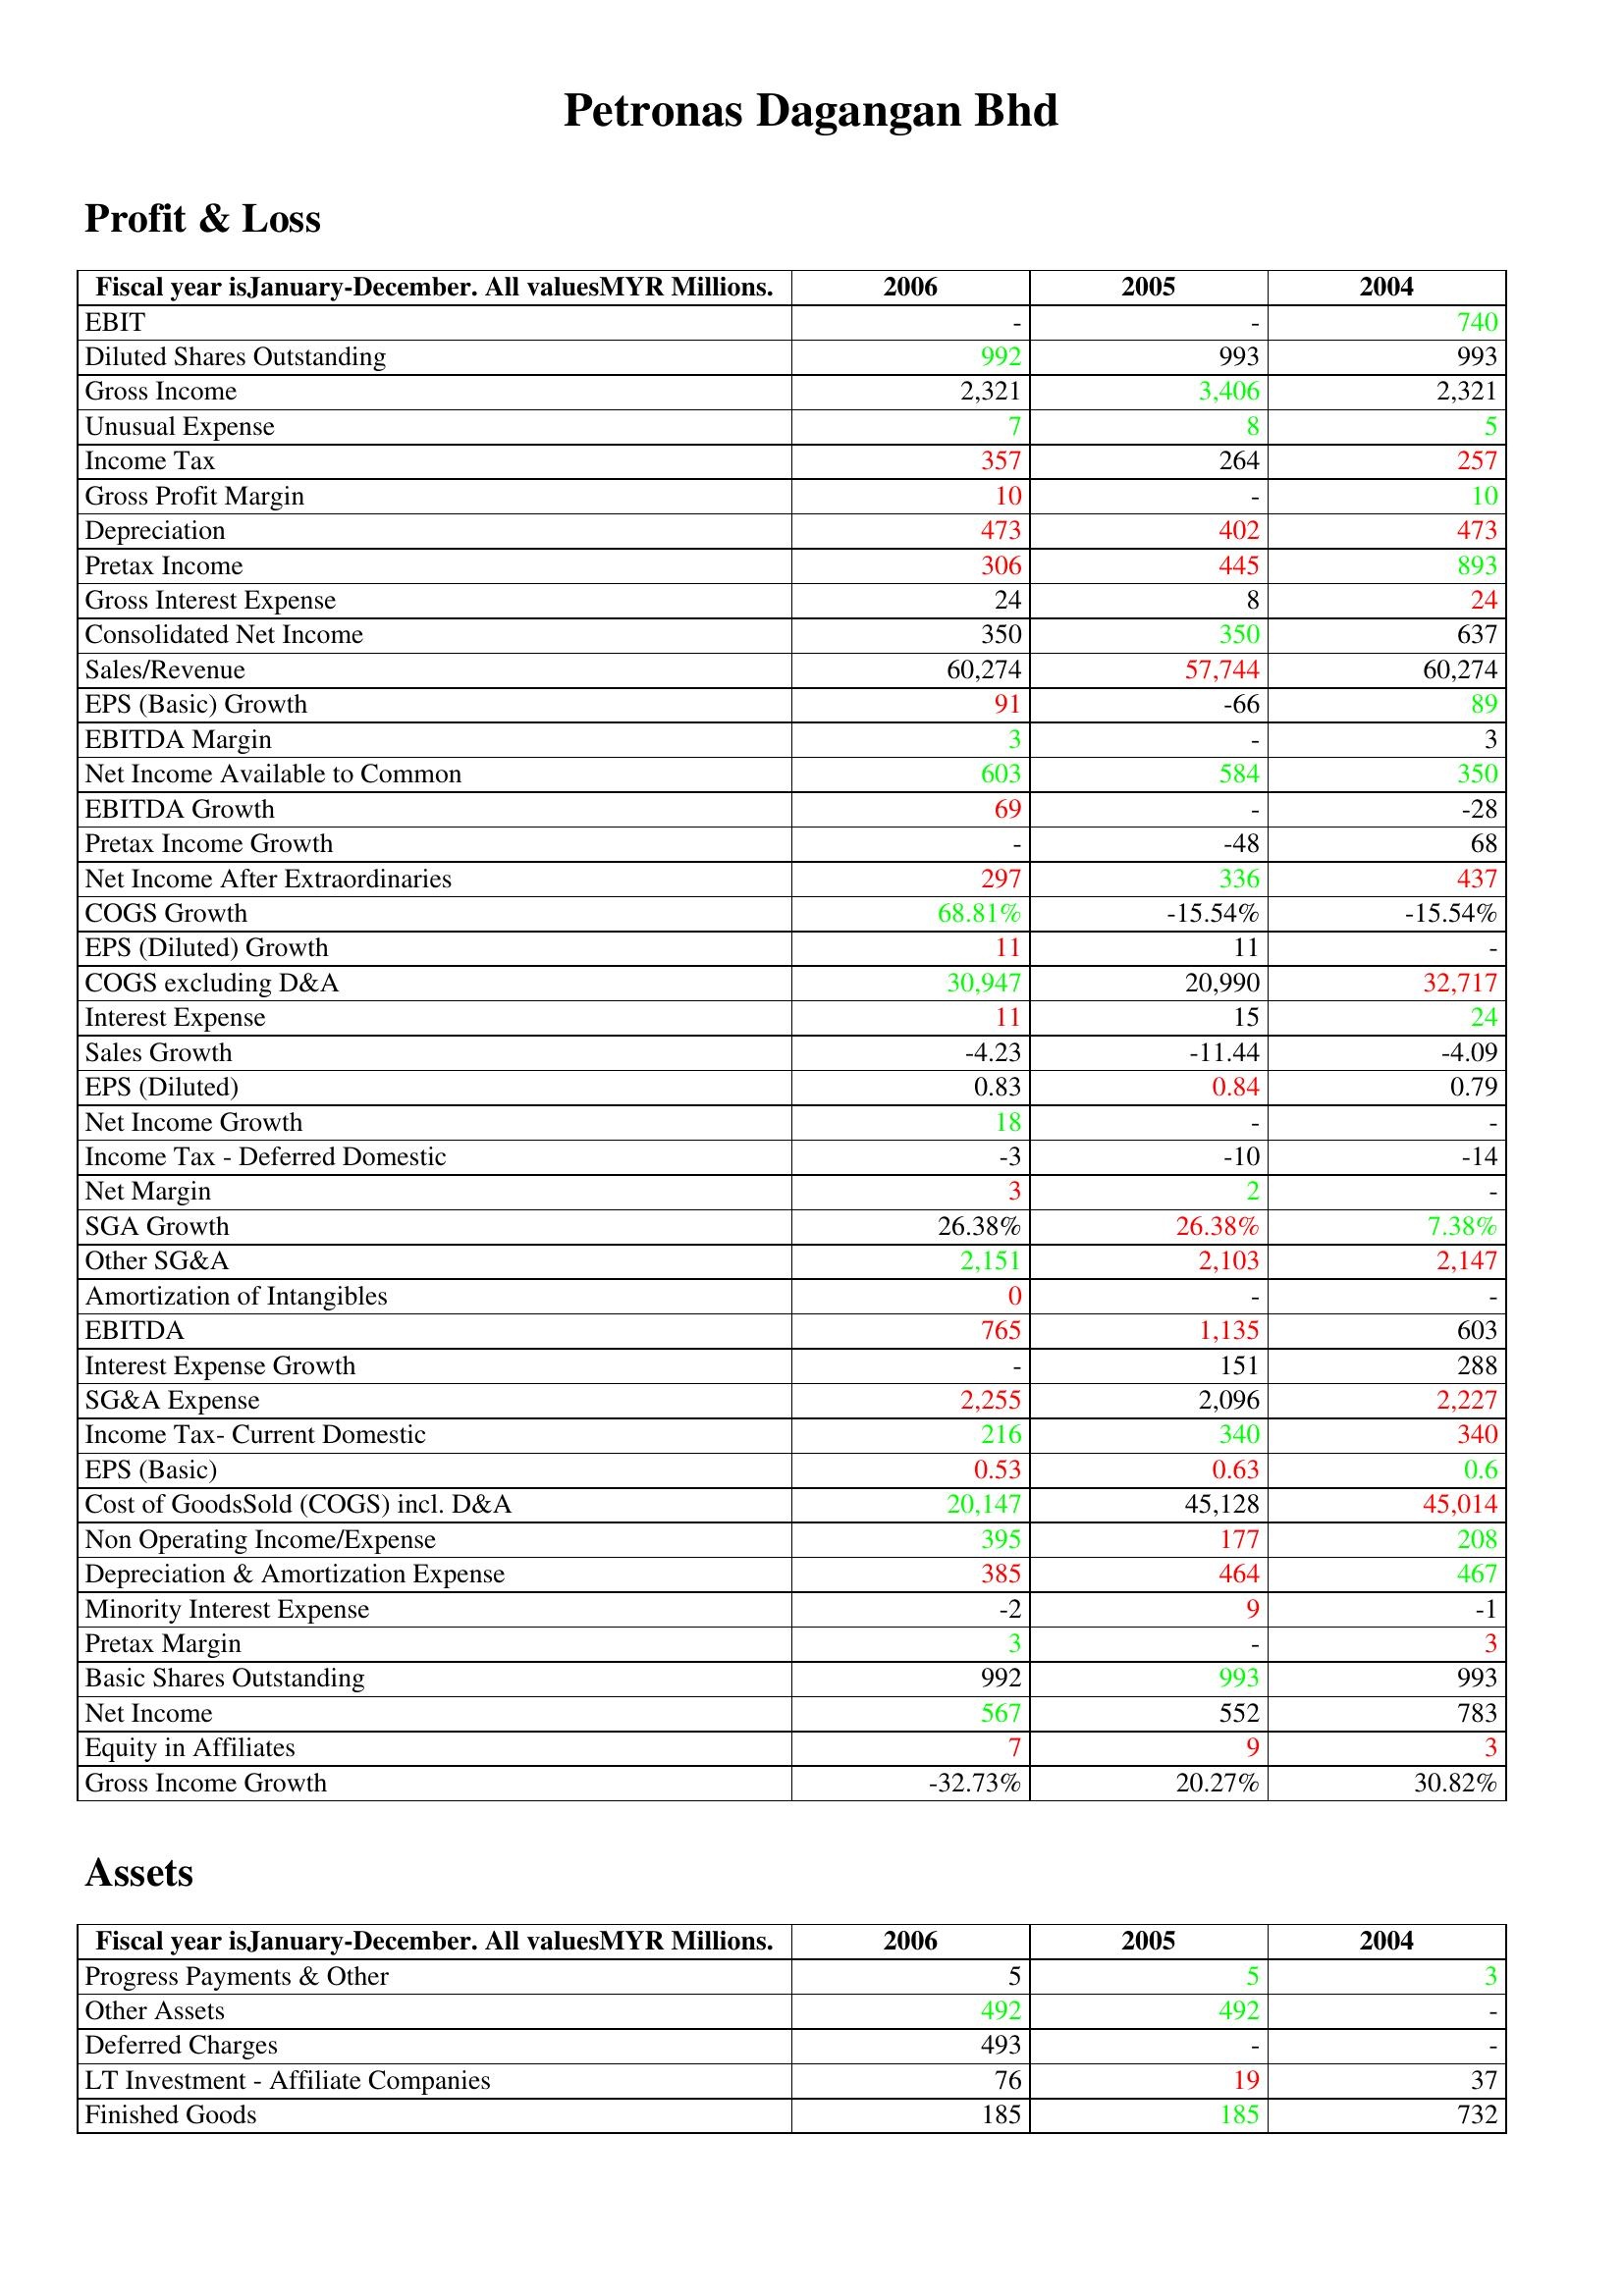
gt_parse: 2006: Profit & Loss: EBIT: -
Diluted Shares Outstanding: 992
Gross Income: 2,321
Unusual Expense: 7
Income Tax: 357
Gross Profit Margin: 10
Depreciation: 473
Pretax Income: 306
Gross Interest Expense: 24
Consolidated Net Income: 350
Sales/Revenue: 60,274
EPS (Basic) Growth: 91
EBITDA Margin: 3
Net Income Available to Common: 603
EBITDA Growth: 69
Pretax Income Growth: -
Net Income After Extraordinaries: 297
COGS Growth: 68.81%
EPS (Diluted) Growth: 11
COGS excluding D&A: 30,947
Interest Expense: 11
Sales Growth: -4.23
EPS (Diluted): 0.83
Net Income Growth: 18
Income Tax - Deferred Domestic: -3
Net Margin: 3
SGA Growth: 26.38%
Other SG&A: 2,151
Amortization of Intangibles: 0
EBITDA: 765
Interest Expense Growth: -
SG&A Expense: 2,255
Income Tax- Current Domestic: 216
EPS (Basic): 0.53
Cost of GoodsSold (COGS) incl. D&A: 20,147
Non Operating Income/Expense: 395
Depreciation & Amortization Expense: 385
Minority Interest Expense: -2
Pretax Margin: 3
Basic Shares Outstanding: 992
Net Income: 567
Equity in Affiliates: 7
Gross Income Growth: -32.73%
Assets: Progress Payments & Other: 5
Other Assets: 492
Deferred Charges: 493
LT Investment - Affiliate Companies: 76
Finished Goods: 185
2005: Profit & Loss: EBIT: -
Diluted Shares Outstanding: 993
Gross Income: 3,406
Unusual Expense: 8
Income Tax: 264
Gross Profit Margin: -
Depreciation: 402
Pretax Income: 445
Gross Interest Expense: 8
Consolidated Net Income: 350
Sales/Revenue: 57,744
EPS (Basic) Growth: -66
EBITDA Margin: -
Net Income Available to Common: 584
EBITDA Growth: -
Pretax Income Growth: -48
Net Income After Extraordinaries: 336
COGS Growth: -15.54%
EPS (Diluted) Growth: 11
COGS excluding D&A: 20,990
Interest Expense: 15
Sales Growth: -11.44
EPS (Diluted): 0.84
Net Income Growth: -
Income Tax - Deferred Domestic: -10
Net Margin: 2
SGA Growth: 26.38%
Other SG&A: 2,103
Amortization of Intangibles: -
EBITDA: 1,135
Interest Expense Growth: 151
SG&A Expense: 2,096
Income Tax- Current Domestic: 340
EPS (Basic): 0.63
Cost of GoodsSold (COGS) incl. D&A: 45,128
Non Operating Income/Expense: 177
Depreciation & Amortization Expense: 464
Minority Interest Expense: 9
Pretax Margin: -
Basic Shares Outstanding: 993
Net Income: 552
Equity in Affiliates: 9
Gross Income Growth: 20.27%
Assets: Progress Payments & Other: 5
Other Assets: 492
Deferred Charges: -
LT Investment - Affiliate Companies: 19
Finished Goods: 185
2004: Profit & Loss: EBIT: 740
Diluted Shares Outstanding: 993
Gross Income: 2,321
Unusual Expense: 5
Income Tax: 257
Gross Profit Margin: 10
Depreciation: 473
Pretax Income: 893
Gross Interest Expense: 24
Consolidated Net Income: 637
Sales/Revenue: 60,274
EPS (Basic) Growth: 89
EBITDA Margin: 3
Net Income Available to Common: 350
EBITDA Growth: -28
Pretax Income Growth: 68
Net Income After Extraordinaries: 437
COGS Growth: -15.54%
EPS (Diluted) Growth: -
COGS excluding D&A: 32,717
Interest Expense: 24
Sales Growth: -4.09
EPS (Diluted): 0.79
Net Income Growth: -
Income Tax - Deferred Domestic: -14
Net Margin: -
SGA Growth: 7.38%
Other SG&A: 2,147
Amortization of Intangibles: -
EBITDA: 603
Interest Expense Growth: 288
SG&A Expense: 2,227
Income Tax- Current Domestic: 340
EPS (Basic): 0.6
Cost of GoodsSold (COGS) incl. D&A: 45,014
Non Operating Income/Expense: 208
Depreciation & Amortization Expense: 467
Minority Interest Expense: -1
Pretax Margin: 3
Basic Shares Outstanding: 993
Net Income: 783
Equity in Affiliates: 3
Gross Income Growth: 30.82%
Assets: Progress Payments & Other: 3
Other Assets: -
Deferred Charges: -
LT Investment - Affiliate Companies: 37
Finished Goods: 732